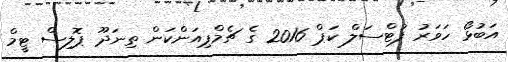
އަބުޅޯ ހަވަރު ފުޓްސަލް ކަޕް 2016 ގެ ޗެމްޕިއަންކަން ތިނަދޫ ޕޮލިސް ޓީމް